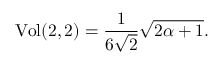
\mathrm { V o l } ( 2 , 2 ) = \frac { 1 } { 6 \sqrt { 2 } } \sqrt { 2 \alpha + 1 } .